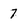
Character: 7